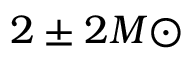
2 \pm 2 M { \odot }